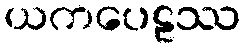
ယကပေဠဿ